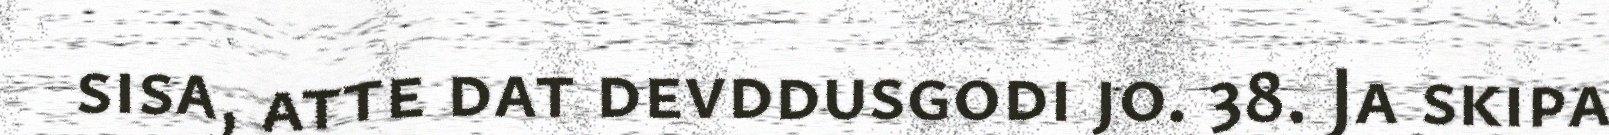
sisa, atte dat devddusgodi jo. 38. Ja skipa